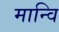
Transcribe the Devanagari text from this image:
मान्वि